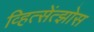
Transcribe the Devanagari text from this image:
व्हित्सेंत्झोस